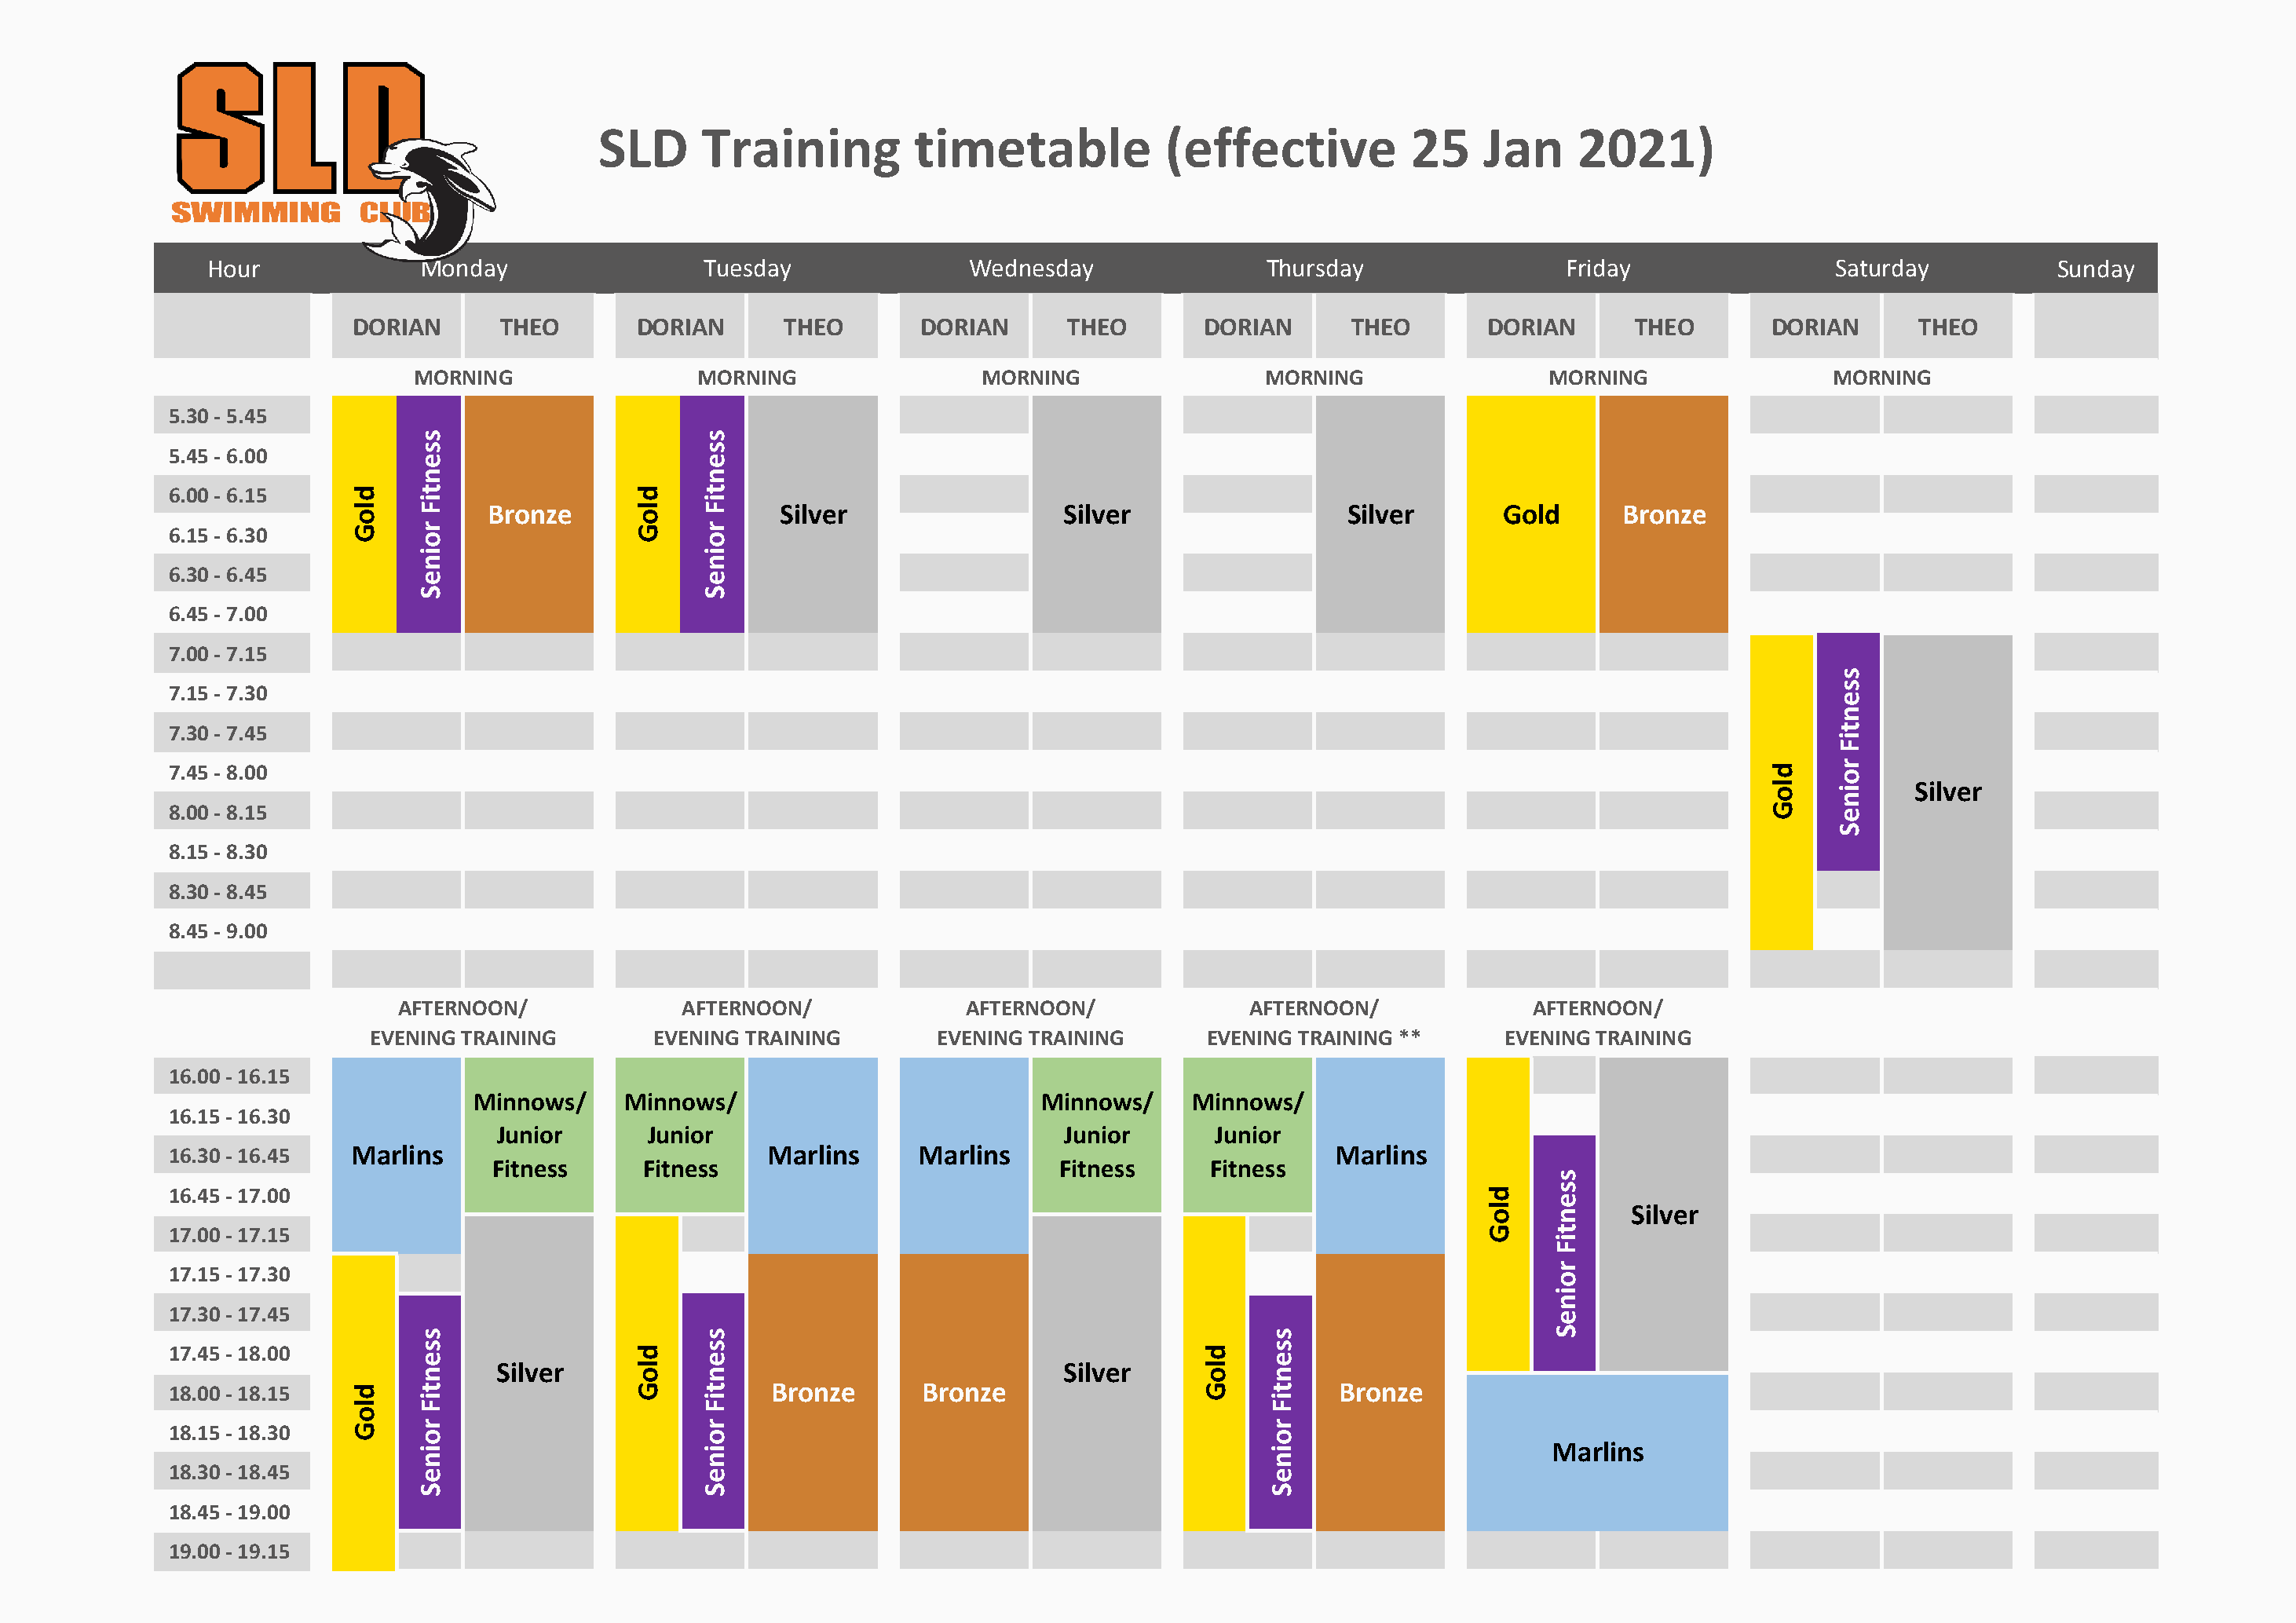
SLD      Training          timetable            (effective           25    Jan     2021)
 Hour             Monday                  Tuesday                Wednesday                Thursday                 Friday                 Saturday          Sunday
 DORIAN      THEO        DORIAN      THEO        DORIAN      THEO        DORIAN      THEO       DORIAN       THEO       DORIAN       THEO
 MORNING                 MORNING                 MORNING                 MORNING                 MORNING                 MORNING
 5.30 - 5.45
 5.45 - 6.00
 6.00 - 6.15
 Bronze                   Silver                  Silver                  Silver       Gold      Bronze
 6.15 - 6.30
 6.30 - 6.45
 6.45 - 7.00
 7.00 - 7.15
 7.15 - 7.30
 7.30 - 7.45
 7.45 - 8.00
 Silver
 8.00 - 8.15
 8.15 - 8.30
 8.30 - 8.45
 8.45 - 9.00
 AFTERNOON/              AFTERNOON/             AFTERNOON/              AFTERNOON/              AFTERNOON/
 EVENING TRAINING        EVENING TRAINING        EVENING TRAINING       EVENING TRAINING **      EVENING TRAINING
 16.00 - 16.15
 Minnows/     Minnows/                           Minnows/    Minnows/
 16.15 - 16.30
 Junior       Junior                             Junior      Junior
 16.30 - 16.45   Marlins                            Marlins     Marlins                             Marlins
 Fitness     Fitness                            Fitness      Fitness
 16.45 - 17.00
 Silver
 17.00 - 17.15
 17.15 - 17.30
 17.30 - 17.45
 17.45 - 18.00
 Silver                                          Silver
 18.00 - 18.15                                      Bronze       Bronze                             Bronze
 18.15 - 18.30
 Marlins
 18.30 - 18.45
 18.45 - 19.00
 19.00 - 19.15
 dloG
 dloG
 ssentiF
 roineS
 ssentiF
 roineS
 dloG
 dloG
 ssentiF
 roineS
 ssentiF
 roineS
 dloG
 ssentiF
 roineS
 dloG
 ssentiF
 roineS
 dloG
 ssentiF
 roineS